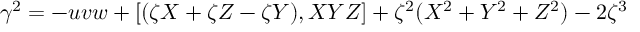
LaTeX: \gamma ^ { 2 } = - u v w + [ ( \zeta X + \zeta Z - \zeta Y ) , X Y Z ] + \zeta ^ { 2 } ( X ^ { 2 } + Y ^ { 2 } + Z ^ { 2 } ) - 2 \zeta ^ { 3 }